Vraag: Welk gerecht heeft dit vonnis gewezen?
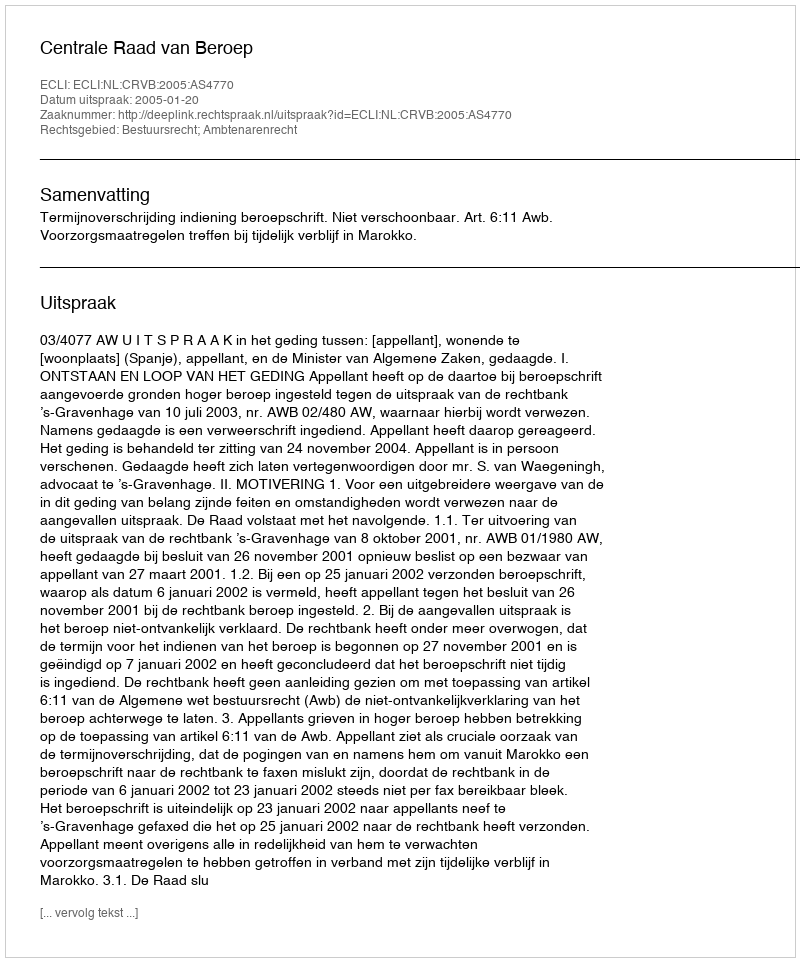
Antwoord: Centrale Raad van Beroep